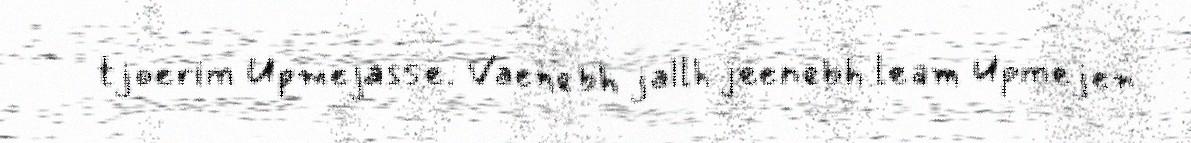
tjoerim Upmejasse. Vaenebh jallh jeenebh leam Upmejen